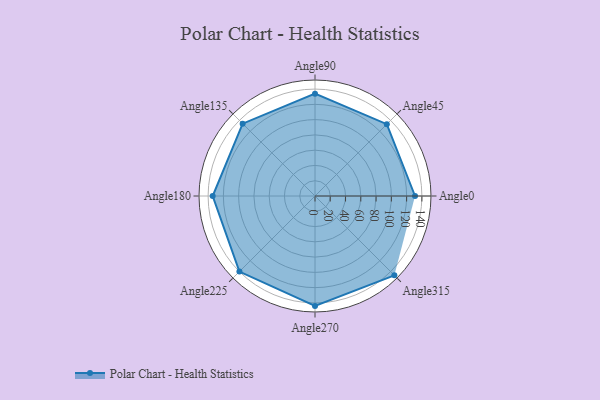
{"axis": {"x": "Angle", "y": "Radius"}, "legend": [""], "data": [{"x": "Angle0", "y": 131.0, "type": ""}, {"x": "Angle45", "y": 133.0, "type": ""}, {"x": "Angle90", "y": 134.0, "type": ""}, {"x": "Angle135", "y": 134.0, "type": ""}, {"x": "Angle180", "y": 134.0, "type": ""}, {"x": "Angle225", "y": 140.0, "type": ""}, {"x": "Angle270", "y": 144.0, "type": ""}, {"x": "Angle315", "y": 147.0, "type": ""}]}